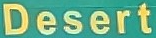
Desert